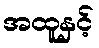
အထူနှင့်